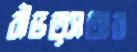
বীভত্সতার